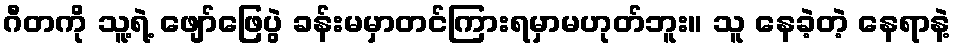
ဂီတကို သူ့ရဲ့ ဖျော်ဖြေပွဲ ခန်းမမှာတင်ကြားရမှာမဟုတ်ဘူး။ သူ နေခဲ့တဲ့ နေရာနဲ့